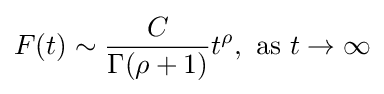
F(t)\sim {\frac {C}{\Gamma (\rho +1)}}t^{\rho },\ {\text{as}}\ t\to \infty